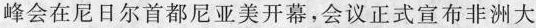
峰会在尼日尔首都尼亚美开幕，会议正式宣布非洲大